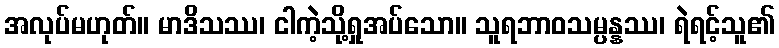
အလုပ်မဟုတ်။ မာဒိသဿ၊ ငါကဲ့သို့ရှုအပ်သော။ သူရဘာဝသမ္ပန္နဿ၊ ရဲရင့်သူ၏